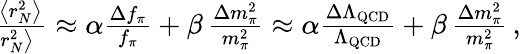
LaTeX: \begin{array}{r}{\! \! \! \! \! \frac{\Delta\left<r_{N}^{2}\right>}{\left<r_{N}^{2}\right>}\approx\alpha\frac{\Delta f_{\pi}}{f_{\pi}}+\beta\, \frac{\Delta m_{\pi}^{2}}{m_{\pi}^{2}}\approx\alpha\frac{\Delta\Lambda_{\mathrm{QCD}}}{\Lambda_{\mathrm{QCD}}}+\beta\, \frac{\Delta m_{\pi}^{2}}{m_{\pi}^{2}}\, ,}\end{array}